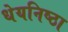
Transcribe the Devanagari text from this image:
धेयनिष्ठा